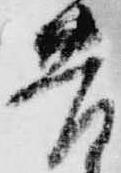
苦